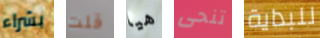
بشراء قلت هيا تنحى للبداية